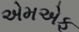
એમએફ